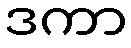
ဒကာ